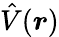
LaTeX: \hat{V}(\boldsymbol{r})